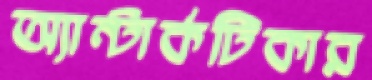
অ্যান্টার্কটিকার